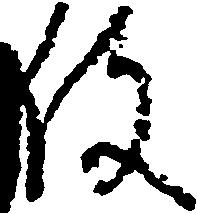
役